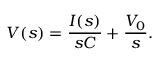
V ( s ) = { \frac { I ( s ) } { s C } } + { \frac { V _ { 0 } } { s } } .